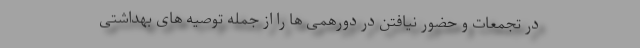
در تجمعات و حضور نیافتن در دورهمی ها را از جمله توصیه های بهداشتی